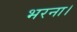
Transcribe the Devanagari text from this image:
भरना।